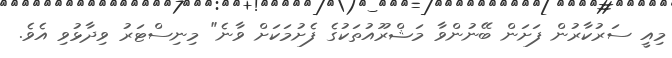
މިއީ ސަރުކާރުން ފަށަން ބޭނުންވާ މަޝްރޫއުތަކުގެ ފެށުމަކަށް ވާނެ" މިނިސްޓަރު ވިދާޅުވި އެވެ.